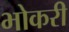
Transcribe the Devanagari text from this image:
भोकरी